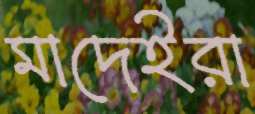
মাদেইরা